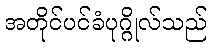
အတိုင်ပင်ခံပုဂ္ဂိုလ်သည်